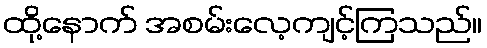
ထို့နောက် အစမ်းလေ့ကျင့်ကြသည်။